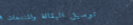
توصيل البقالة والمنتجات ا